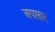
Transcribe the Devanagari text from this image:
अपसार